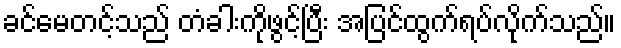
ခင်မေတင့်သည် တံခါးကိုဖွင့်ပြီး အပြင်ထွက်ရပ်လိုက်သည်။